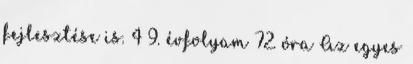
fejlesztése is. 4 9. évfolyam 72. óra Az egyes